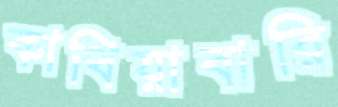
কাথিয়াবারি